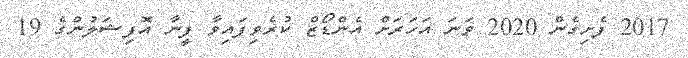
2017 ފެށިގެން 2020 ވަނަ އަހަރަށް އެންޑޯޒް ކުރެވިފައިވާ ފީނާ އޮފިޝަލުންގެ 19